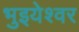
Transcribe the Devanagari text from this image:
भुइयेश्वर